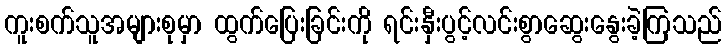
ကူးစက်သူအများစုမှာ ထွက်ပြေးခြင်းကို ရင်းနှီးပွင့်လင်းစွာဆွေးနွေးခဲ့ကြသည်